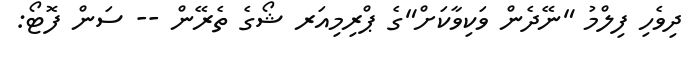
ދިވެހި ފިލްމު "ނޭދެން ވަކިވާކަށް"ގެ ޕްރިމިއަރ ޝޯގެ ތެރޭން -- ސަން ފޮޓޯ: